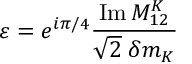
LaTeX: \varepsilon = e ^ { i \pi / 4 } \frac { \mathrm { I m } \, M _ { 1 2 } ^ { K } } { \sqrt 2 \; \delta m _ { K } } \,